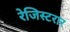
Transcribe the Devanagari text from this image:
रेजिस्टरार